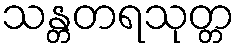
သန္တတရသုတ္တ